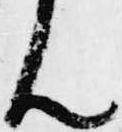
ん